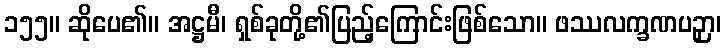
၁၅၅။ ဆိုပေ၏။ အဋ္ဌမီ၊ ရှစ်ခုတို့၏ပြည့်ကြောင်းဖြစ်သော။ ဖဿလက္ခဏပဉှာ၊